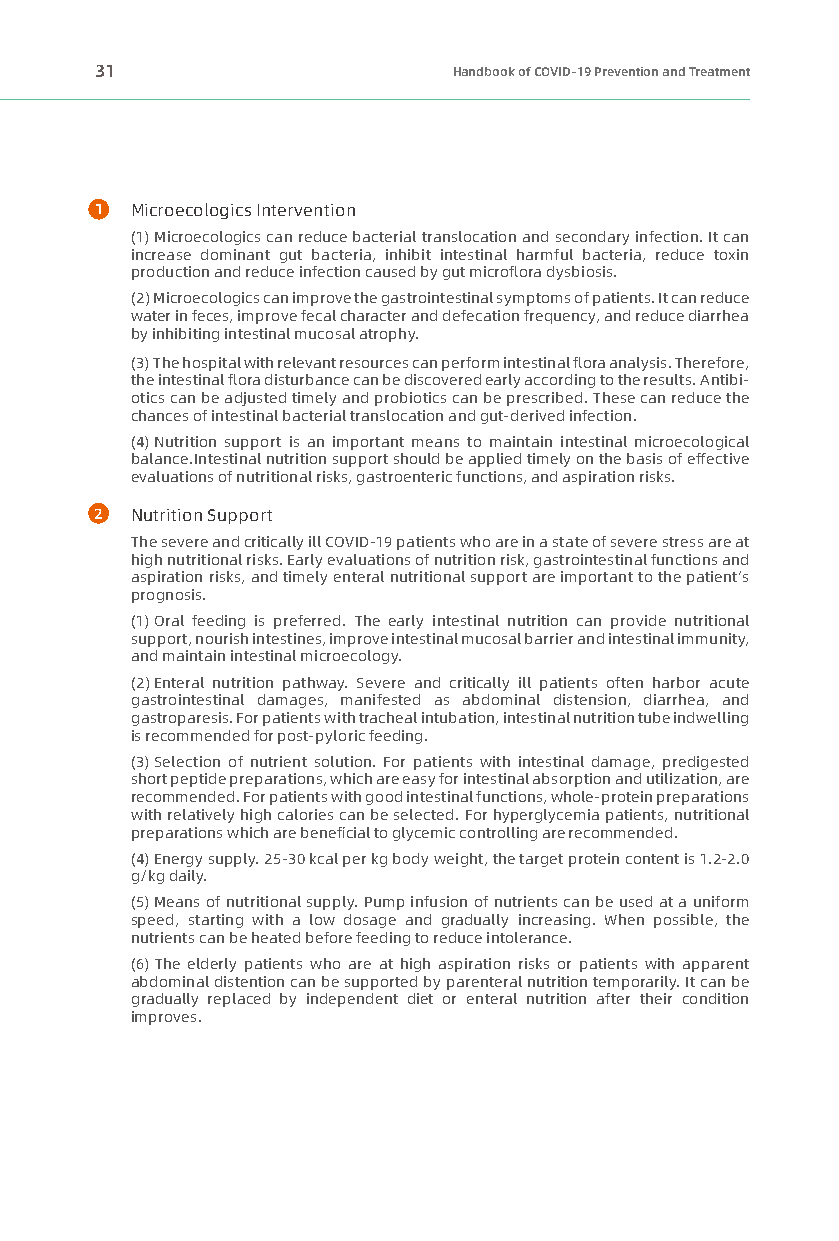
31                      Handbook of COVID-19 Prevention and Treatment
 1  Microecologics Intervention
 (1) Microecologics can reduce bacterial translocation and secondary infection. It can
 increase dominant gut bacteria, inhibit intestinal harmful bacteria, reduce toxin
 production and reduce infection caused by gut microflora dysbiosis.
 (2) Microecologics can improve the gastrointestinal symptoms of patients. It can reduce
 water in feces, improve fecal character and defecation frequency, and reduce diarrhea
 by inhibiting intestinal mucosal atrophy.
 (3) The hospital with relevant resources can perform intestinal flora analysis. Therefore,
 the intestinal flora disturbance can be discovered early according to the results. Antibi-
 otics can be adjusted timely and probiotics can be prescribed. These can reduce the
 chances of intestinal bacterial translocation and gut-derived infection.
 (4) Nutrition support is an important means to maintain intestinal microecological
 balance.Intestinal nutrition support should be applied timely on the basis of effective
 evaluations of nutritional risks, gastroenteric functions, and aspiration risks.
 2  Nutrition Support
 The severe and critically ill COVID-19 patients who are in a state of severe stress are at
 high nutritional risks. Early evaluations of nutrition risk, gastrointestinal functions and
 aspiration risks, and timely enteral nutritional support are important to the patient’s
 prognosis.
 (1) Oral feeding is preferred. The early intestinal nutrition can provide nutritional
 support, nourish intestines, improve intestinal mucosal barrier and intestinal immunity,
 and maintain intestinal microecology.
 (2) Enteral nutrition pathway. Severe and critically ill patients often harbor acute
 gastrointestinal damages, manifested as abdominal distension, diarrhea, and
 gastroparesis. For patients with tracheal intubation, intestinal nutrition tube indwelling
 is recommended for post-pyloric feeding.
 (3) Selection of nutrient solution. For patients with intestinal damage, predigested
 short peptide preparations, which are easy for intestinal absorption and utilization, are
 recommended. For patients with good intestinal functions, whole-protein preparations
 with relatively high calories can be selected. For hyperglycemia patients, nutritional
 preparations which are beneficial to glycemic controlling are recommended.
 (4) Energy supply. 25-30 kcal per kg body weight, the target protein content is 1.2-2.0
 g/kg daily.
 (5) Means of nutritional supply. Pump infusion of nutrients can be used at a uniform
 speed, starting with a low dosage and gradually increasing. When possible, the
 nutrients can be heated before feeding to reduce intolerance.
 (6) The elderly patients who are at high aspiration risks or patients with apparent
 abdominal distention can be supported by parenteral nutrition temporarily. It can be
 gradually replaced by independent diet or enteral nutrition after their condition
 improves.